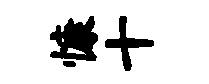
慷十